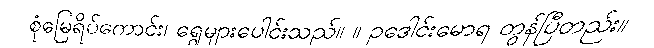
စုံမြေရိပ်ကောင်း၊ ရွေများပေါင်းသည်။ ။ ဥဒေါင်းမောရ တွန်ပြီတည်း။